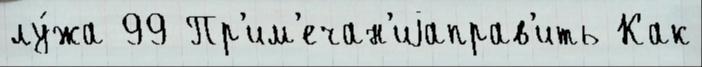
лу́жа 99 Пр'им'ечан'иjаправ'ить Как